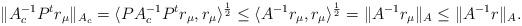
LaTeX: \begin{align*}\|A_c^{-1}P^tr_\mu\|_{A_c} = \langle PA_c^{-1}P^tr_\mu, r_\mu\rangle^\frac{1}{2} \le \langle A^{-1}r_\mu, r_\mu\rangle^\frac{1}{2} = \|A^{-1}r_\mu\|_A \le \|A^{-1}r\|_A .\end{align*}